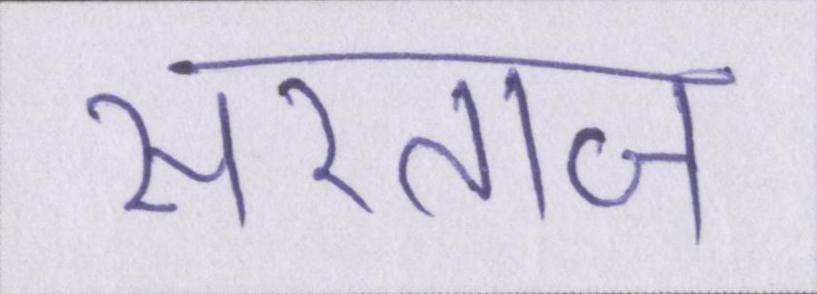
सरताज